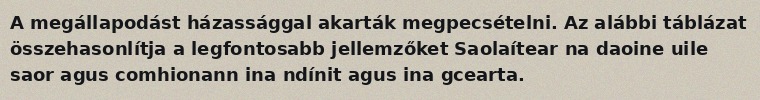
A megállapodást házassággal akarták megpecsételni. Az alábbi táblázat összehasonlítja a legfontosabb jellemzőket Saolaítear na daoine uile saor agus comhionann ina ndínit agus ina gcearta.